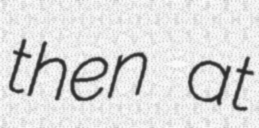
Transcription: then at